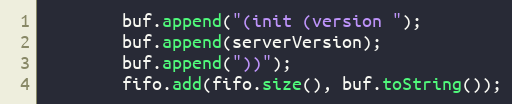
Language: Java
        buf.append("(init (version ");
        buf.append(serverVersion);
        buf.append("))");
        fifo.add(fifo.size(), buf.toString());